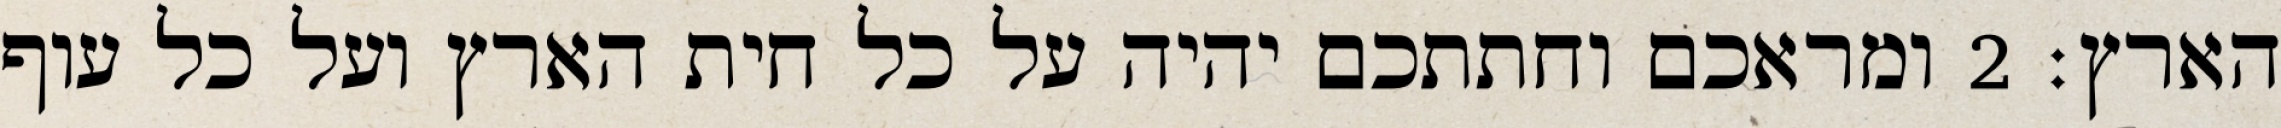
הארץ׃ ‎2‏ ומראכם וחתתכם יהיה על כל חית הארץ ועל כל עוף